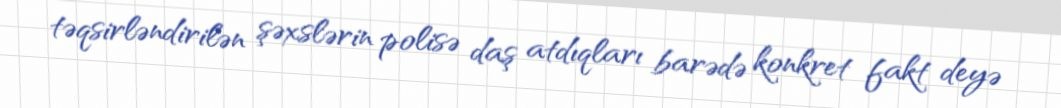
təqsirləndirilən şəxslərin polisə daş atdıqları barədə konkret fakt deyə